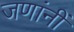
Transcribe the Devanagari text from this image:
जणांनीं